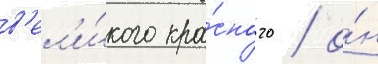
в'ел'и́кого кра́сного / о́н